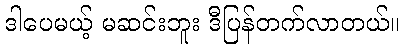
ဒါပေမယ့် မဆင်းဘူး ဒီပြန်တက်လာတယ်။